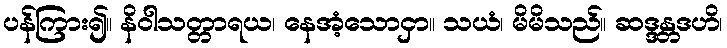
ပန်ကြား၍။ နိဝါသတ္တာရယ၊ နေအံ့သောငှာ။ သယံ၊ မိမိသည်။ ဆဒ္ဒန္တဒဟိ၊